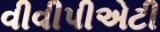
વીવીપીએટી